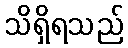
သိရှိရသည်